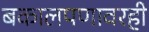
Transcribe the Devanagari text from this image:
बकालपणावरही